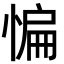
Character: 惼